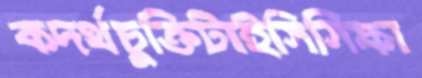
কদর্থচুক্তিটাইসিসিফা